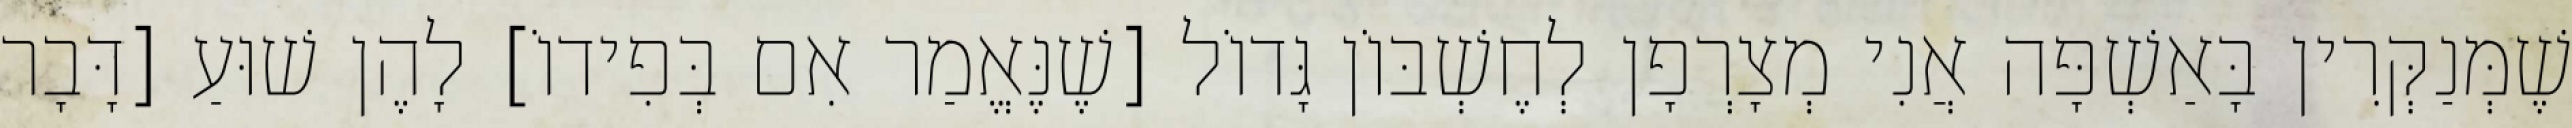
שֶׁמְּנַקְּרִין בָּאַשְׁפָּה אֲנִי מְצָרְפָן לְחֶשְׁבּוֹן גָּדוֹל [שֶׁנֶּאֱמַר אִם בְּפִידוֹ] לָהֶן שׁוּעַ [דָּבָר